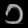
Digit: ၁